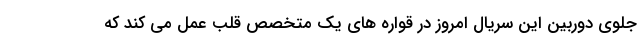
جلوی دوربین این سریال امروز در قواره های یک متخصص قلب عمل می کند که